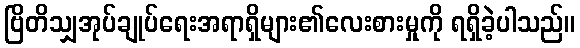
ဗြိတိသျှအုပ်ချုပ်ရေးအရာရှိများ၏လေးစားမှုကို ရရှိခဲ့ပါသည်။